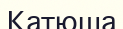
Катюша